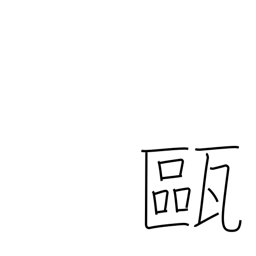
Meaning: small jar